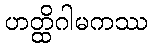
ဟတ္ထိဂါမကဿ